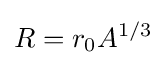
R=r_{0}A^{1/3}